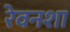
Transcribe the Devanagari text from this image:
रेवनशा